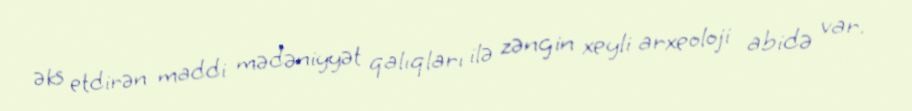
əks etdirən maddi mədəniyyət qalıqları ilə zəngin xeyli arxeoloji abidə var.